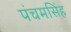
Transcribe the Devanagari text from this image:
पंचमसिंह